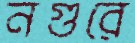
নগুরে